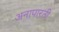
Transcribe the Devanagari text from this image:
अनापारती